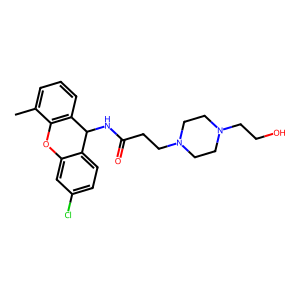
SMILES: Cc1cccc2c1Oc1cc(Cl)ccc1C2NC(=O)CCN1CCN(CCO)CC1
Inhibits HIV replication: No